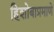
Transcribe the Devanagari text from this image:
हिशोबाप्रमाणे